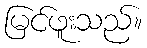
မြင်ဖူးသည်။